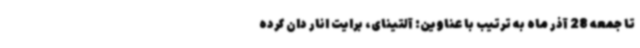
تا جمعه 28 آذر ماه به ترتیب با عناوین: آلتینای، برایت انار دان کرده